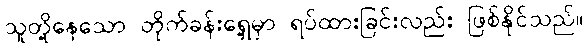
သူတို့နေသော တိုက်ခန်းရှေ့မှာ ရပ်ထားခြင်းလည်း ဖြစ်နိုင်သည်။